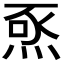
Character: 𭴺